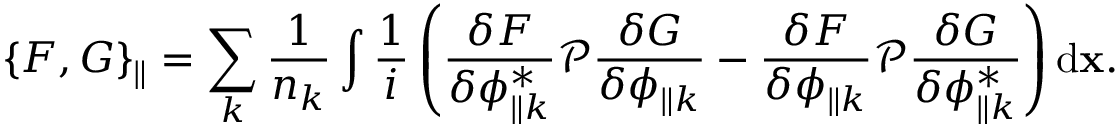
\left\{ F , G \right\} _ { \parallel } = \sum _ { k } { \frac { 1 } { n _ { k } } \int { \frac { 1 } { i } \left( \frac { \delta F } { \delta \phi _ { \parallel k } ^ { * } } \mathcal { P } \frac { \delta G } { \delta \phi _ { \parallel k } } - \frac { \delta F } { \delta \phi _ { \parallel k } } \mathcal { P } \frac { \delta G } { \delta \phi _ { \parallel k } ^ { * } } \right) \mathrm { d } { \bf x } } } .